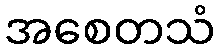
အစေတသံ